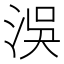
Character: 洖